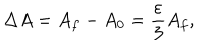
LaTeX: \Delta A = A _ { f } - A _ { 0 } = \frac { \varepsilon } { 3 } A _ { f } ,